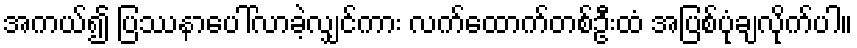
အကယ်၍ ပြဿနာပေါ်လာခဲ့လျှင်ကား လက်ထောက်တစ်ဦးထံ အပြစ်ပုံချလိုက်ပါ။